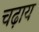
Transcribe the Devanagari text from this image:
चढ़ाय